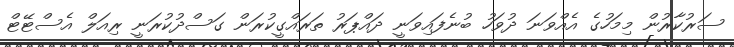
ސަރުކާރުން މިމަހުގެ އެއްވަނަ ދުވަހު ބުނެފައިވަނީ ދައްޕަރު ތަރައްގީކުރަން ގަސްދުކުރަނީ ރިއަލް އެސްޓޭޓް